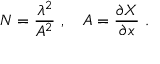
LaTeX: N = \frac { \lambda ^ { 2 } } { A ^ { 2 } } \ , \ \ \ A = \frac { \partial X } { \partial x } \ .